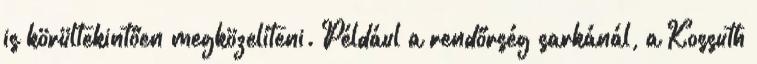
is körültekintően megközelíteni. Például a rendőrség sarkánál, a Kossuth